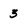
Character: 3